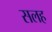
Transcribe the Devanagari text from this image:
सलह